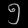
Digit: ၅